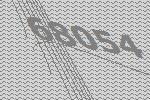
68054